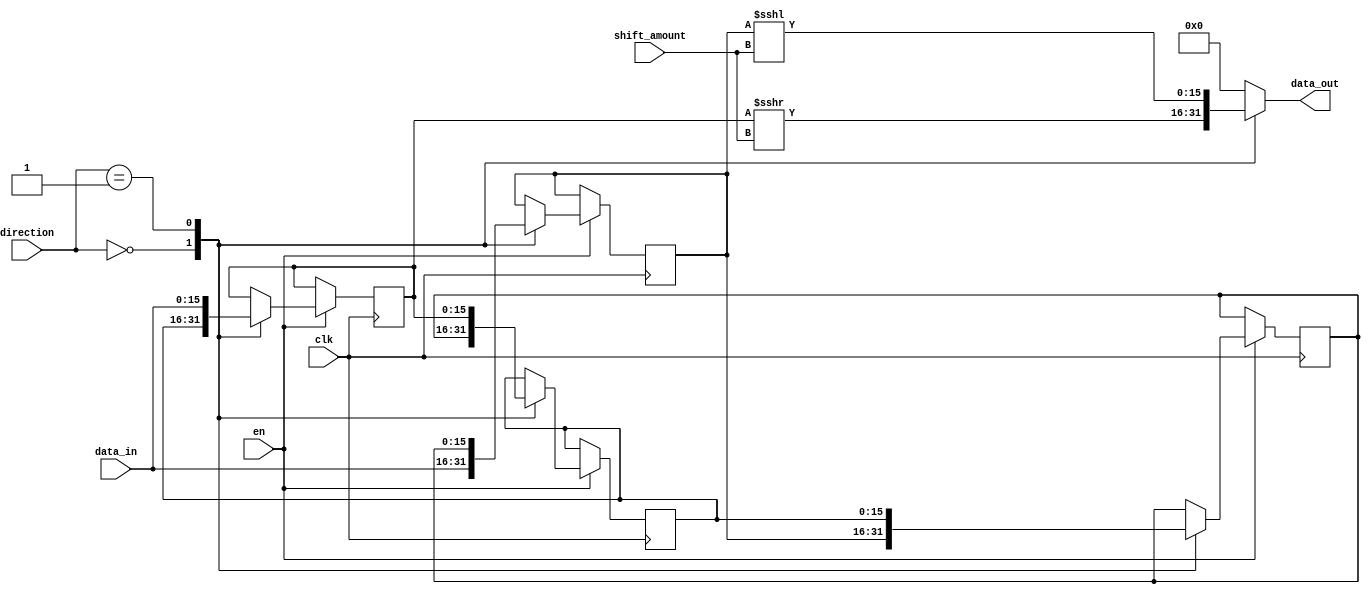
module fixed_point_shift_register (
    input wire clk,
    input wire en,
    input wire [2:0] direction, // 0 for right shift, 1 for left shift
    input wire [3:0] shift_amount,
    input wire [15:0] data_in,
    output reg [15:0] data_out
    );

    reg [15:0] shift_reg [3:0]; // 4-stage shift register
    
    always @(posedge clk) begin
        if (en) begin
            case (direction)
                3'b000: begin // right shift
                    shift_reg[0] <= data_in;
                    shift_reg[1] <= shift_reg[0];
                    shift_reg[2] <= shift_reg[1];
                    shift_reg[3] <= shift_reg[2];
                end
                3'b001: begin // left shift
                    shift_reg[0] <= shift_reg[1];
                    shift_reg[1] <= shift_reg[2];
                    shift_reg[2] <= shift_reg[3];
                    shift_reg[3] <= data_in;
                end
                default: begin
                    // do nothing
                end
            endcase
        end
    end

    always @(*) begin
        case (direction)
            3'b000: begin // right shift
                data_out = shift_reg[3] >>> shift_amount;
            end
            3'b001: begin // left shift
                data_out = shift_reg[0] <<< shift_amount;
            end
            default: begin
                data_out = 16'h0000;
            end
        endcase
    end

endmodule